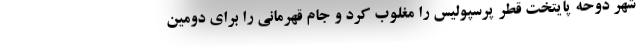
شهر دوحه پایتخت قطر پرسپولیس را مغلوب کرد و جام قهرمانی را برای دومین